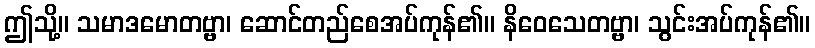
ဤသို့။ သမာဒမောတဗ္ဗာ၊ ဆောင်တည်စေအပ်ကုန်၏။ နိဝေသေတဗ္ဗာ၊ သွင်းအပ်ကုန်၏။